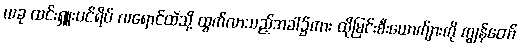
ယခု ထင်းရှူးပင်ရိပ် လရောင်ထဲသို့ ထွက်လာသည့်အခါ၌ကား ထိုမြင်းစီးယောက်ျားကို ကျွန်တော်